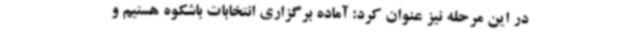
در این مرحله نیز عنوان کرد: آماده برگزاری انتخابات باشکوه هستیم و